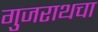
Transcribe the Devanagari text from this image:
गुजराथचा